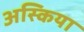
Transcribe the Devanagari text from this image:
अस्किया